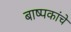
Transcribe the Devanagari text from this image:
बाष्पकांचे